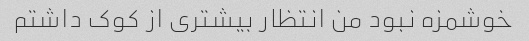
خوشمزه نبود من انتظار بیشتری از کوک داشتم